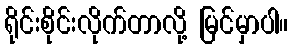
ရိုင်းစိုင်းလိုက်တာလို့ မြင်မှာပါ။